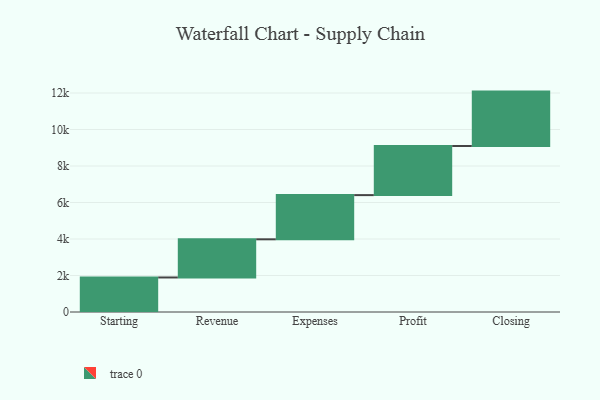
{"axis": {"x": "Step", "y": "Value"}, "legend": [""], "data": [{"x": "Starting", "y": 1892.0, "type": ""}, {"x": "Revenue", "y": 2091.0, "type": ""}, {"x": "Expenses", "y": 2422.0, "type": ""}, {"x": "Profit", "y": 2692.0, "type": ""}, {"x": "Closing", "y": 2980.0, "type": ""}]}